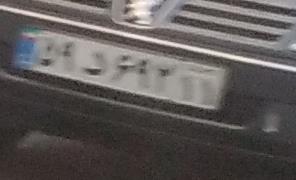
۵۹د۶۹۲۱۱